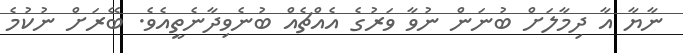
ނާޔާ އާ ދިމާލަށް ބުނަން ނުވާ ވަރުގެ އެއްޗެއް ބުނެވިދާނެތީއެވެ. ބޭރަށް ނުކުމެ